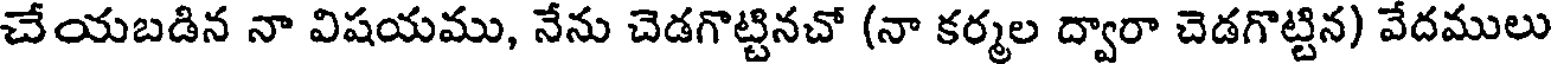
చేయబడిన నా విషయము, నేను చెడగొట్టినచో (నా కర్మల ద్వారా చెడగొట్టిన) వేదములు